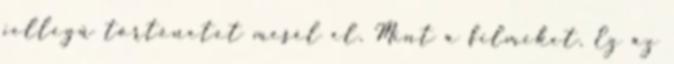
jellegű történetet mesél el. Mint a filmeket. Ez az